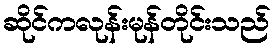
ဆိုင်ကလုန်းမုန်တိုင်းသည်